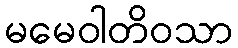
မမေဝါတိဝသာ